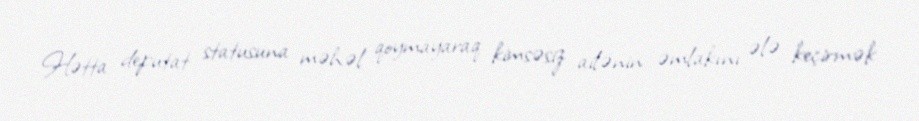
Hətta deputat statusuna məhəl qoymayaraq kimsəsiz ailənin əmlakını ələ keçirmək